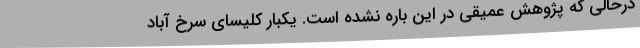
درحالی که پژوهش عمیقی در این باره نشده است. یکبار کلیسای سرخ آباد